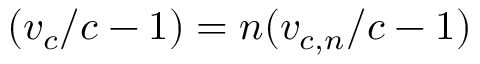
( v _ { c } / c - 1 ) = n ( v _ { c , n } / c - 1 )